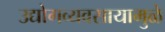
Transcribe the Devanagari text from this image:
उद्योगव्यवसायामुळे